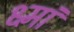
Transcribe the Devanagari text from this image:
क्ष्मां